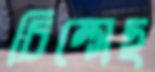
চিম্‌সেছ